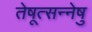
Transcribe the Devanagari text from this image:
तेषूत्सन्नेषु